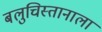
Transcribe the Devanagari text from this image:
बलुचिस्तानाला